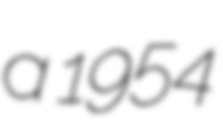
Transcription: a 1954